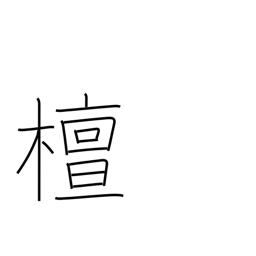
Meaning: spindle tree